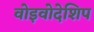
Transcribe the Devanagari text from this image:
वोइवोदेशिप